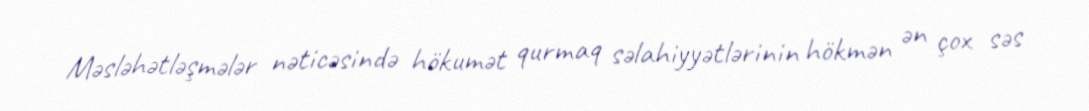
Məsləhətləşmələr nəticəsində hökumət qurmaq səlahiyyətlərinin hökmən ən çox səs